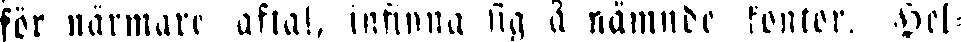
för närmare aftal, infinna sig å nämnde kontor. Hel-